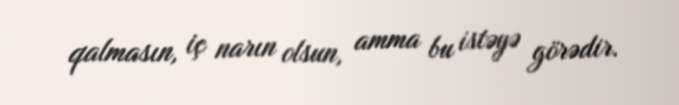
qalmasın, iç narın olsun, amma bu istəyə görədir.